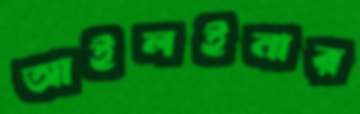
আইলইনার